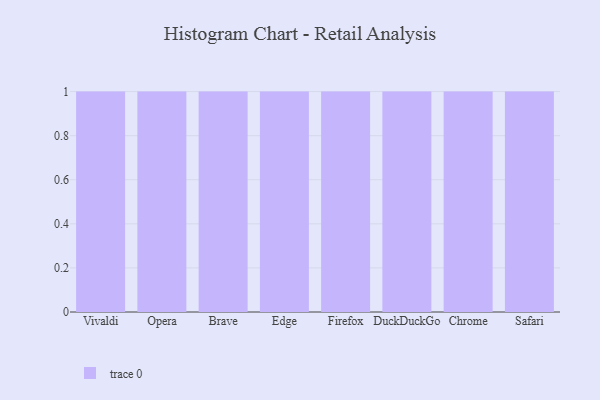
{"axis": {"x": "Browser", "y": "Headcount"}, "legend": [""], "data": [{"x": "Vivaldi", "y": 85, "type": ""}, {"x": "Opera", "y": 2, "type": ""}, {"x": "Brave", "y": 8, "type": ""}, {"x": "Edge", "y": 89, "type": ""}, {"x": "Firefox", "y": 52, "type": ""}, {"x": "DuckDuckGo", "y": 13, "type": ""}, {"x": "Chrome", "y": 68, "type": ""}, {"x": "Safari", "y": 30, "type": ""}]}